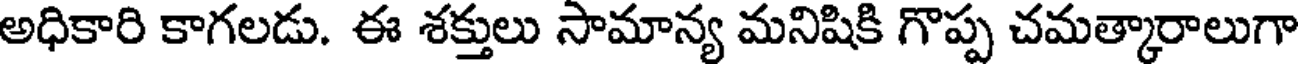
అధికారి కాగలడు. ఈ శక్తులు సామాన్య మనిషికి గొప్ప చమత్కారాలుగా